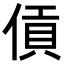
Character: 𪝖